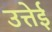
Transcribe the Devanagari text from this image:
उत्तेई